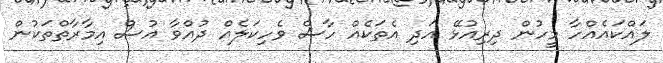
ލައްކައެއްހާ މީހުން ދިރިއުޅޭ އަދި އެތަކެއް ހާސް ވެހިކަލެއް ދުއްވާ އުސް އިމާރާތްތަކުން